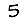
Digit: 5